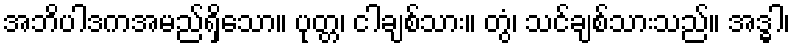
အဘိပါဒကအမည်ရှိသော။ ပုတ္တ၊ ငါချစ်သား။ တွံ၊ သင်ချစ်သားသည်။ အဒ္ဓါ၊